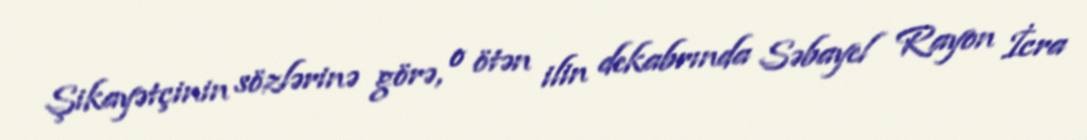
Şikayətçinin sözlərinə görə, o ötən ilin dekabrında Səbayel Rayon İcra